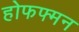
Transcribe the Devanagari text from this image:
होफफ्मन